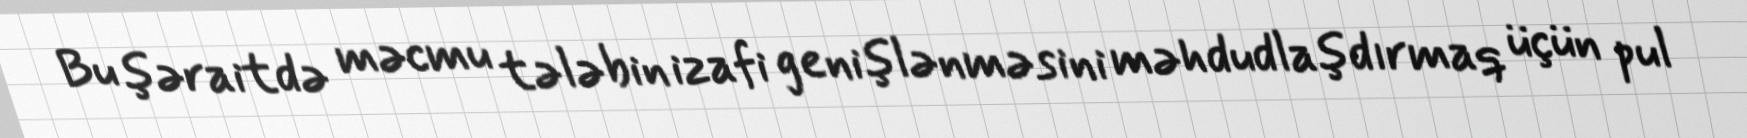
Bu şəraitdə məcmu tələbin izafi genişlənməsini məhdudlaşdırmaq üçün pul